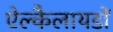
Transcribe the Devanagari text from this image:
ऐल्कैलायडों